Code of medical and sanitary regulations for the guidance of medical officers serving in the Madras Presidency - Volume I
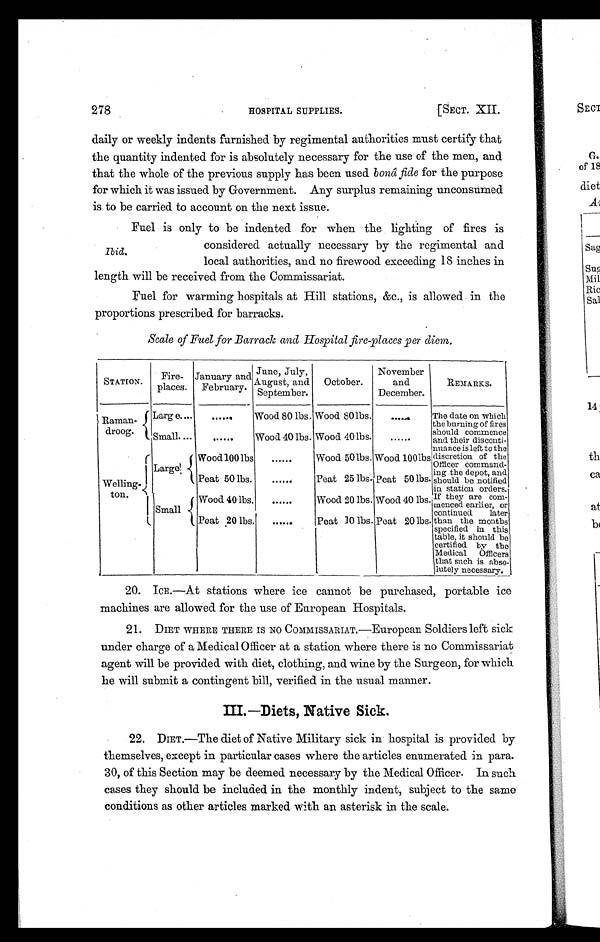
278
HOSPITAL SUPPLIES.
[SECT. XII.
daily or weekly indents furnished by regimental authorities must certify that
the quantity indented for is absolutely necessary for the use of the men, and
that the whole of the previous supply has been used bonâ fide for the purpose
for which it was issued by Government. Any surplus remaining unconsumed
is to be carried to account on the next issue.
Ibid.
Fuel is only to be indented for when the lighting of fires is
considered actually necessary by the regimental and
local authorities, and no firewood exceeding 18 inches in
length will be received from the Commissariat.
Fuel for warming hospitals at Hill stations, &c., is allowed in the
proportions prescribed for barracks.
Scale of Fuel for Barrack and Hospital fire-places per diem.
STATION.
Fire-
places
January and
February
June, July,
August, and
September.
October.
November
and
December.
REMARKS.
Raman-
droog.
Larg e...
0 ••
. . . . . .
Wood 80 lbs. Wood 80 lbs.
. . . . . . The date on which
the burning of fires
should commence
and their disconti-
nuance is left to the
discretion of the
Officer command-
i n g t h e d e p o t , a n d
should be notified
in station orders.
If they are com-
menced earlier, or
continued later
than the months
specified in this
table, it should be
certified by the
Medical Officers
that such is abso-
lutely necessary.
Small....
......
Wood 40 lbs. Wood 40 lbs.
......
Welling-
ton.
Large
Wood 100 lbs
......
Wood 50 lbs. Wood 100 1bs
Peat 50 lbs.
. . . . . .
Peat 25 lbs. Peat 50 lbs.
Small
Wood 40 lbs.
......
Wood 20 lbs. Wood 40 lbs.
Peat 20 lbs..... . . . . . .
Peat 10 lbs. Peat 20 lbs.
20. ICE.—At stations where ice cannot be purchased, portable ice
machines are allowed for the use of European Hospitals.
21. DIET WHERE THERE IS NO COMMISSARIAT.—European Soldiers left sick
under charge of a Medical Officer at a station where there is no Commissariat
agent will be provided with diet, clothing, and wine by the Surgeon, for which
he will submit a contingent bill, verified in the usual manner.
III.—Diets, Native Sick.
22. D I E T . — T h e d i e t o f N a t i v e M i l i t a r y s i c k i n h o s p i t a l i s p r o v i d e d b y
themselves, except in particular cases where the articles enumerated in para.
30, of this Section may be deemed necessary by the Medical Officer. In such
cases they should be included in the monthly indent, subject to the same
conditions as other articles marked with an asterisk in the scale.